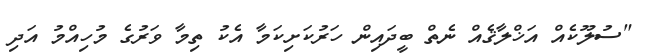
"ސުލޫކެއް އަޚްލާޤެއް ނެތް ބީދައިން ހަރުކަށިކަމާ އެކު ތިމާ ވަރުގެ މުހިއްމު އަދި